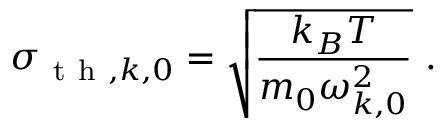
\sigma _ { \mathrm { ~ t ~ h ~ } , k , 0 } = \sqrt { \frac { k _ { B } T } { m _ { 0 } \omega _ { k , 0 } ^ { 2 } } } \mathrm { ~ . ~ }